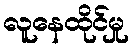
လူနေထိုင်မှု